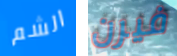
الشم فيرن